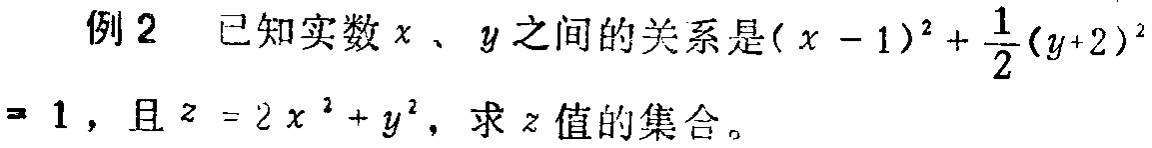
例2 已知实数\(x\)、\(y\)之间的关系是\((x - 1)^2 + \frac{1}{2}(y + 2)^2 = 1\)，且\(z = 2x^2 + y^2\)，求\(z\)值的集合。